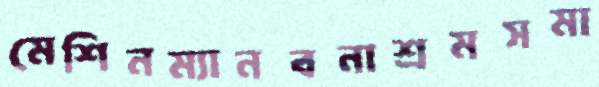
মেশিনম্যানবনাশ্রমসমা